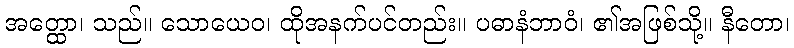
အတ္ထော၊ သည်။ သောယေဝ၊ ထိုအနက်ပင်တည်း။ ပဓာနံဘာဝံ၊ ၏အဖြစ်သို့။ နီတော၊